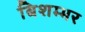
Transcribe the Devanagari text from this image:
बिशम्भर